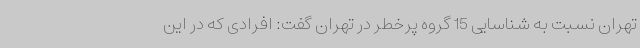
تهران نسبت به شناسایی 15 گروه پرخطر در تهران گفت: افرادی که در این